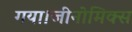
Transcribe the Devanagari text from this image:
गया।जीनोमिक्स